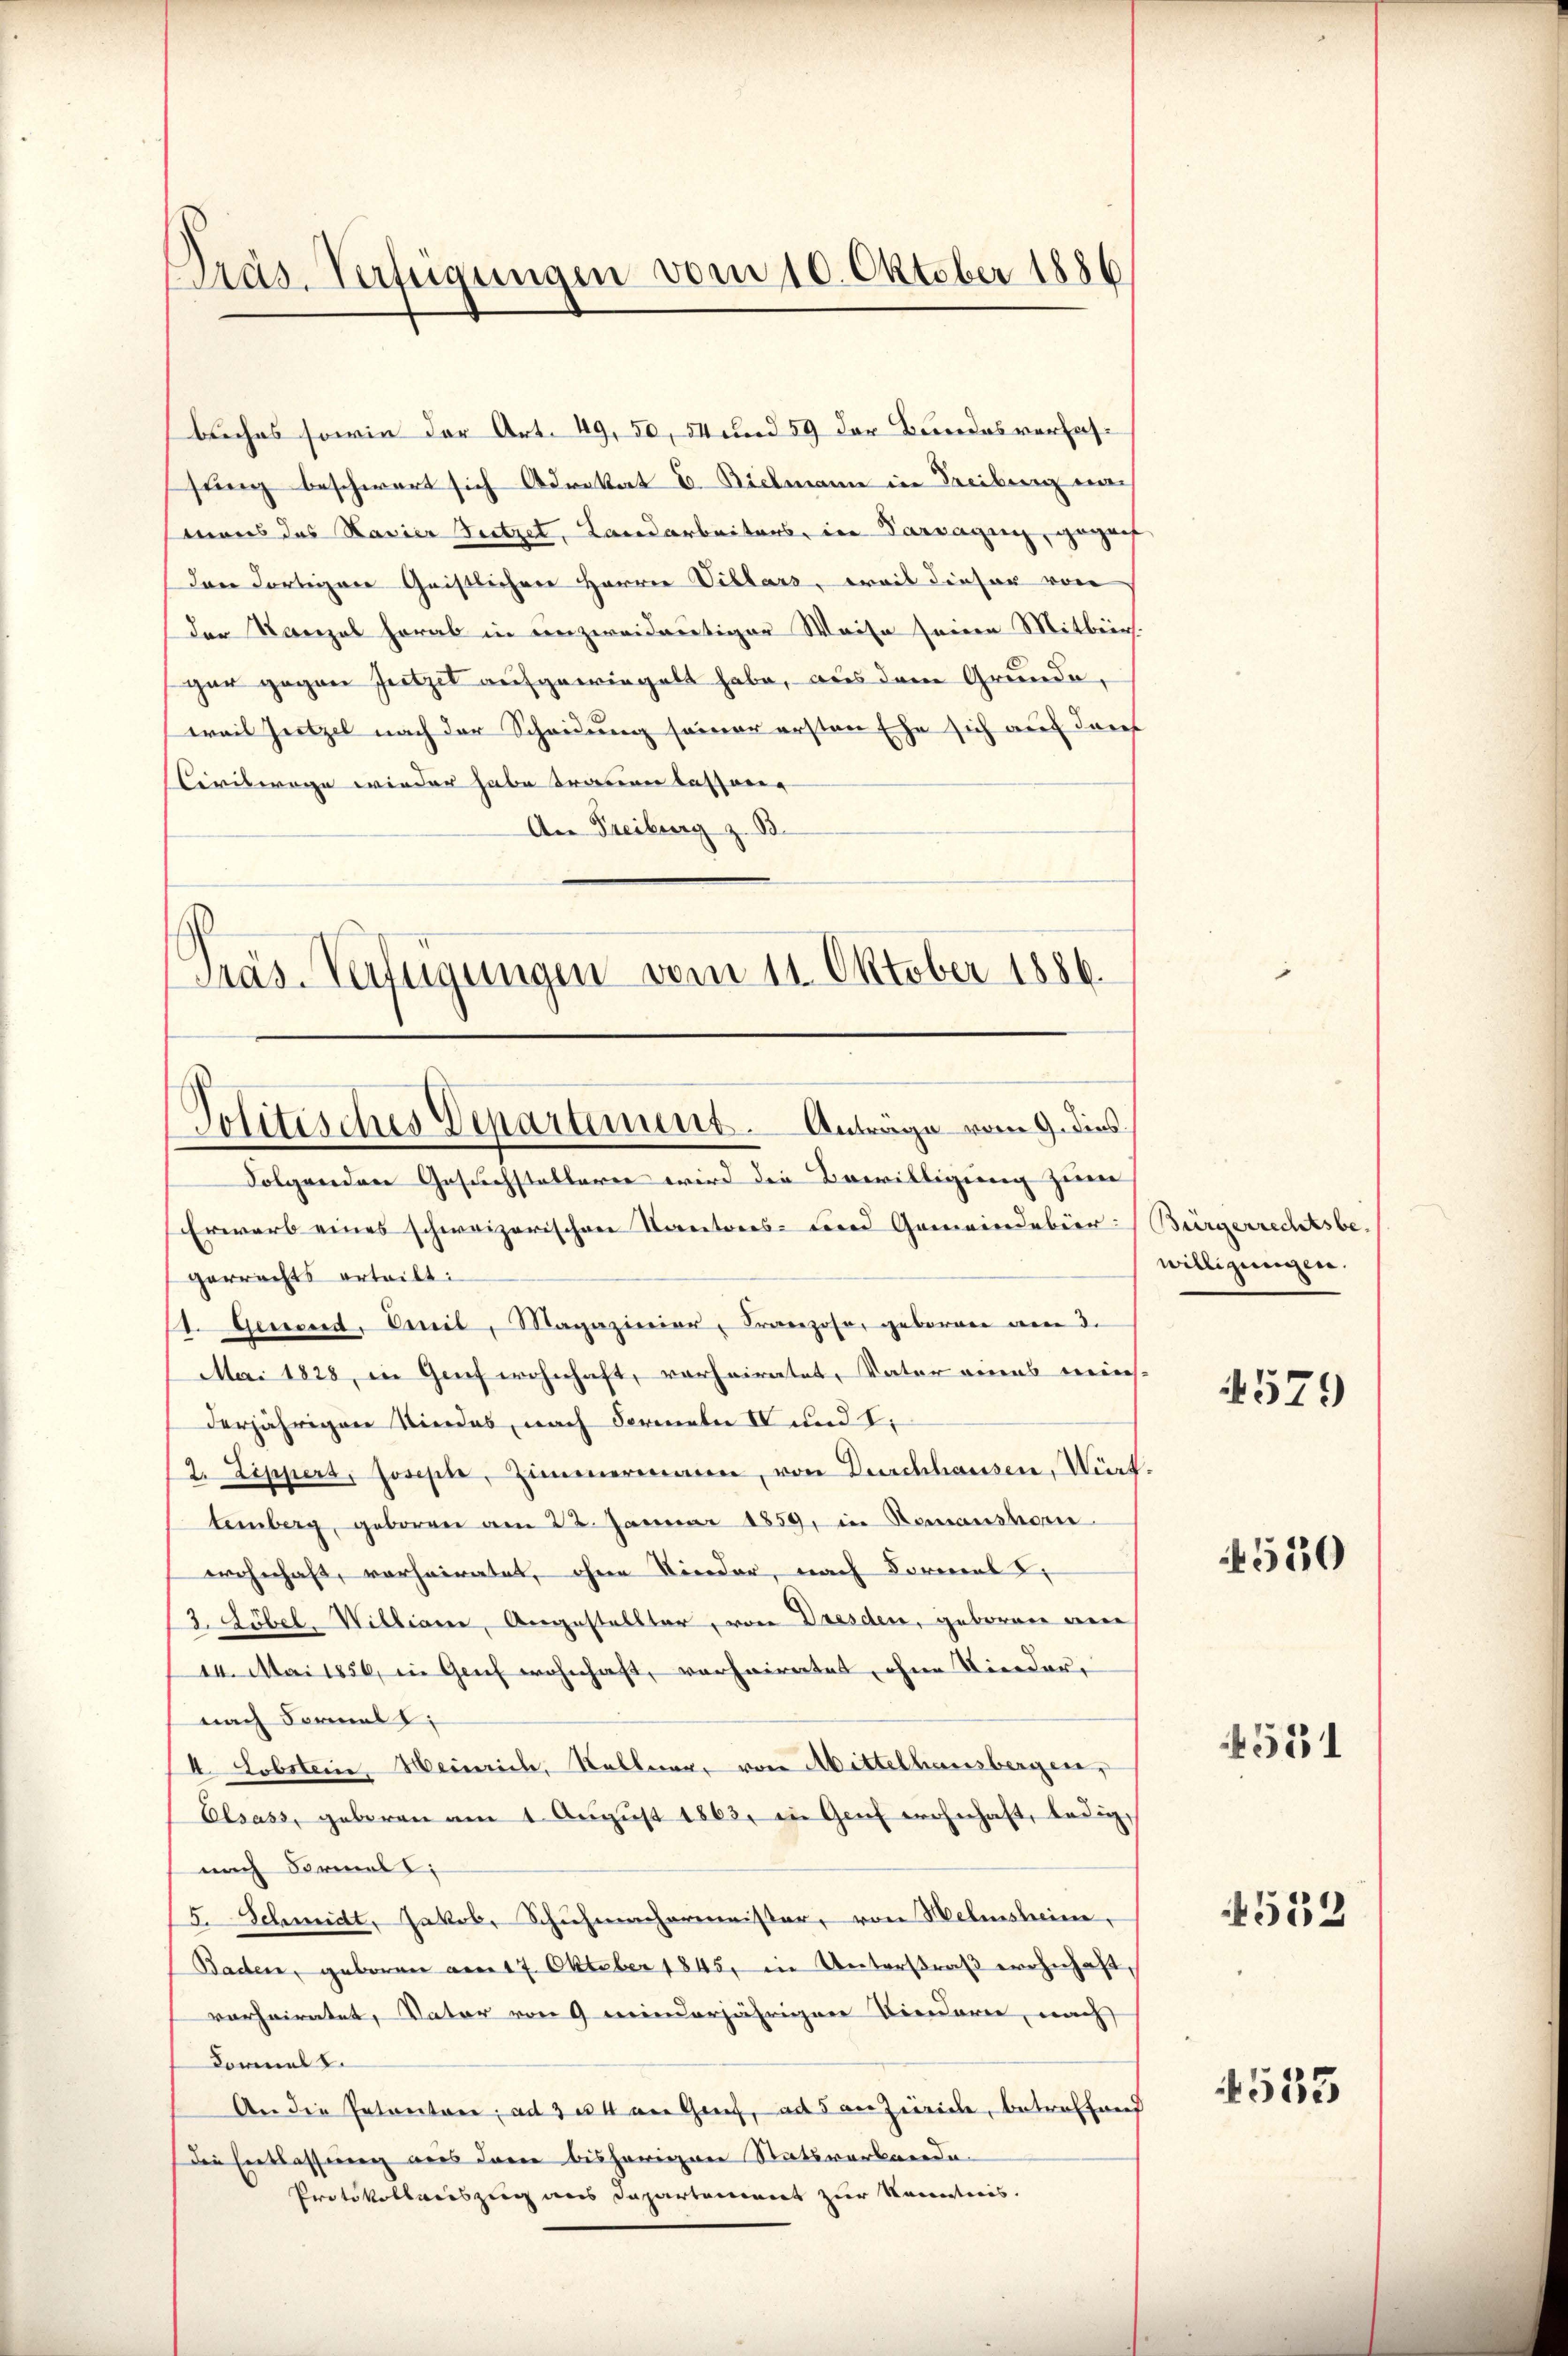
Präs. Verfügungen vom 10. Oktober 1886

buches sowie der Art. 49, 50, 54 und 59 der Bundesverfassung beschwert sich Advokat E. Vielmann in Freibung nach
mans das Navier Nutzet, Landarbeitens, in Paragung, gegenf
Ien Corteien Gristlichen Herren Villars, weit dieser von
der Tanzal herab in unzweideutiger Weise seinen Mitbein.
gar gegen Jützel aufgewiegelt habe, aus dem Grunde,
weil Zützel nach der Scheidung seiner ersten Ehe sich auf darf
Civilwage wieder habe trauen lassenen
An Freiburg z. B.
Präs-Verfügungen vom 11. Oktober 1886.

Politisches Deparament. Anträge vom 9. dies

Folgenden Gesuchstelleren wird die Bewilligung zum
Erwarb eines schweizerischen Kantores- und Gemeindeber Bürgerrechtsbe-
gerrechts erteilt:
t. Gewesend, Bereil, Magazierier, Franzose, geborene vom 3.
Mai 1828, in Genf wohnhaft, verheiratet, Vater eines meins-
derjährigen Kindes, nach Formeln II und I.
(2. Zippers, Josephe, Zimmermanen, von Durchhausen, Würt.
temberg, geboren am 23. Januar 1859, in Romanshor
wohnhaft, vorheiratet, ohne Nieder, nach Formal
2. Libel. Williani, Angestellter, von Dresden, geboren an
14. Mai 1856, in Geif wohnhaft, verheiratet, ohne Vierdar,
nach Formal z
I Lobster, Heinrich, Soller von Mittelhausbergen,
Elsass, geberen am 1. Aŭgŭst 1863, in Genf wohnhaft, ledignach Formell
12. Schmidt, Jakob, Schuhmachermeister, von Welmsheim.
Baden, geboren am 17. Oktober 1845, in Unterstraß wohnhaft,
verheiratet, Vater von 9 meinderjährigen Kindern, nach
Formel 2.
An die Petentare, ad 3 u. 4 an Greif, ad 5 an Zürich, betreffend
die Entlassung aus deren bisherigen Stätsvorbeerde
Protokollariszug aus Departoniert zur Kenntnis.

willigungen.

4579

530

531

4553

533